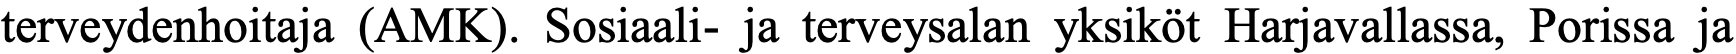
terveydenhoitaja (AMK). Sosiaali- ja terveysalan yksiköt Harjavallassa, Porissa ja